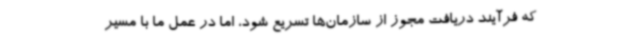
که فرآیند دریافت مجوز از سازمان‌ها تسریع شود، اما در عمل ما با مسیر